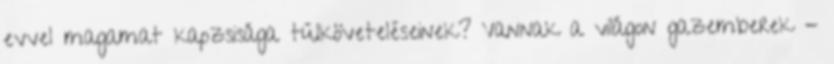
evvel magamat kapzsisága túlköveteléseinek? Vannak a világon gazemberek -